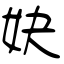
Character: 妜